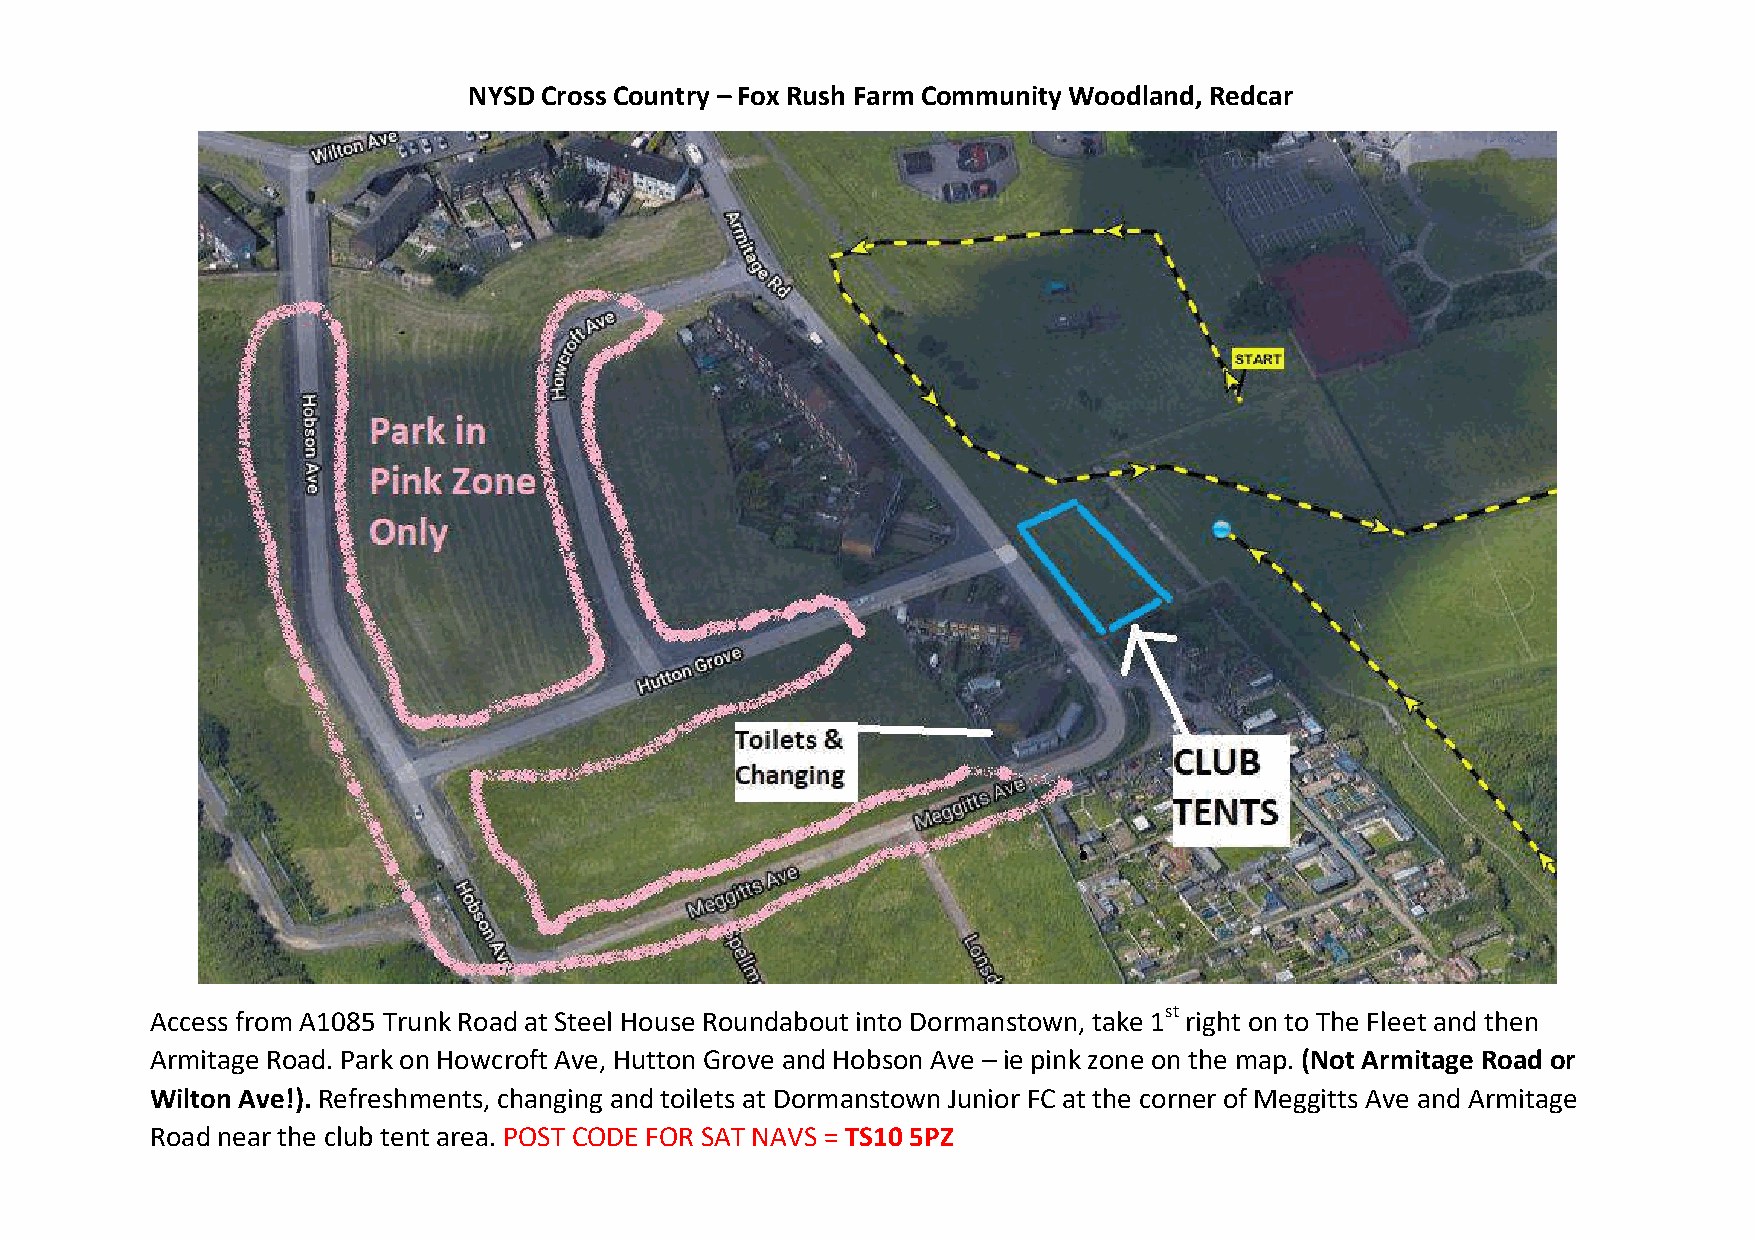
NYSD Cross Country – Fox Rush Farm Community Woodland, Redcar
 Access from A1085 Trunk Road at Steel House Roundabout into Dormanstown, take 1st right on to The Fleet and then
 Armitage Road. Park on Howcroft Ave, Hutton Grove and Hobson Ave – ie pink zone on the map. (Not Armitage Road or
 Wilton Ave!). Refreshments, changing and toilets at Dormanstown Junior FC at the corner of Meggitts Ave and Armitage
 Road near the club tent area. POST CODE FOR SAT NAVS = TS10 5PZ